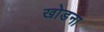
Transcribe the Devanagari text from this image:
खोडना